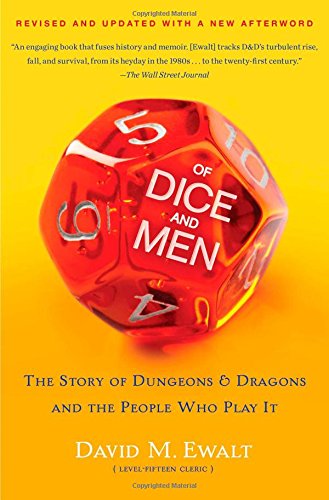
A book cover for Of Dice and Men: The Story of Dungeons & Dragons and The People Who Play It; David M. Ewalt; Science Fiction & Fantasy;